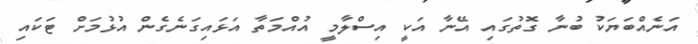
އަނެއްބަޔަކު ބުނާ ގޮތުގައި އޭނާ އަކީ އިސްލާމީ އުއްމަތާ އަޅައިގަނެގެން އުޅުމަށް ޓަކައި